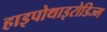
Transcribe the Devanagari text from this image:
हाइपोथाइरोडिज्म